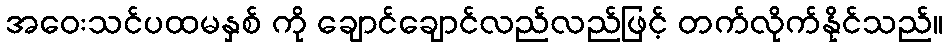
အဝေးသင်ပထမနှစ် ကို ချောင်ချောင်လည်လည်ဖြင့် တက်လိုက်နိုင်သည်။